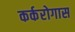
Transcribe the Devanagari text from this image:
कर्करोगास